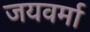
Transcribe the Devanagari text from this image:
जयवर्मा